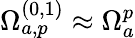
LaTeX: \Omega_{a,p}^{(0,1)}\approx\Omega_{a}^{p}